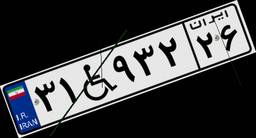
۳۱W۹۳۲۲۶